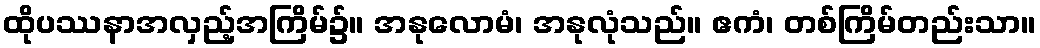
ထိုပဿနာအလှည့်အကြိမ်၌။ အနုလောမံ၊ အနုလုံသည်။ ဧကံ၊ တစ်ကြိမ်တည်းသာ။